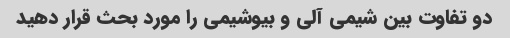
دو تفاوت بین شیمی آلی و بیوشیمی را مورد بحث قرار دهید